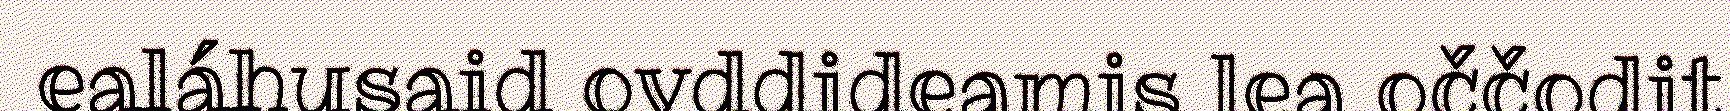
ealáhusaid ovddideamis lea oččodit